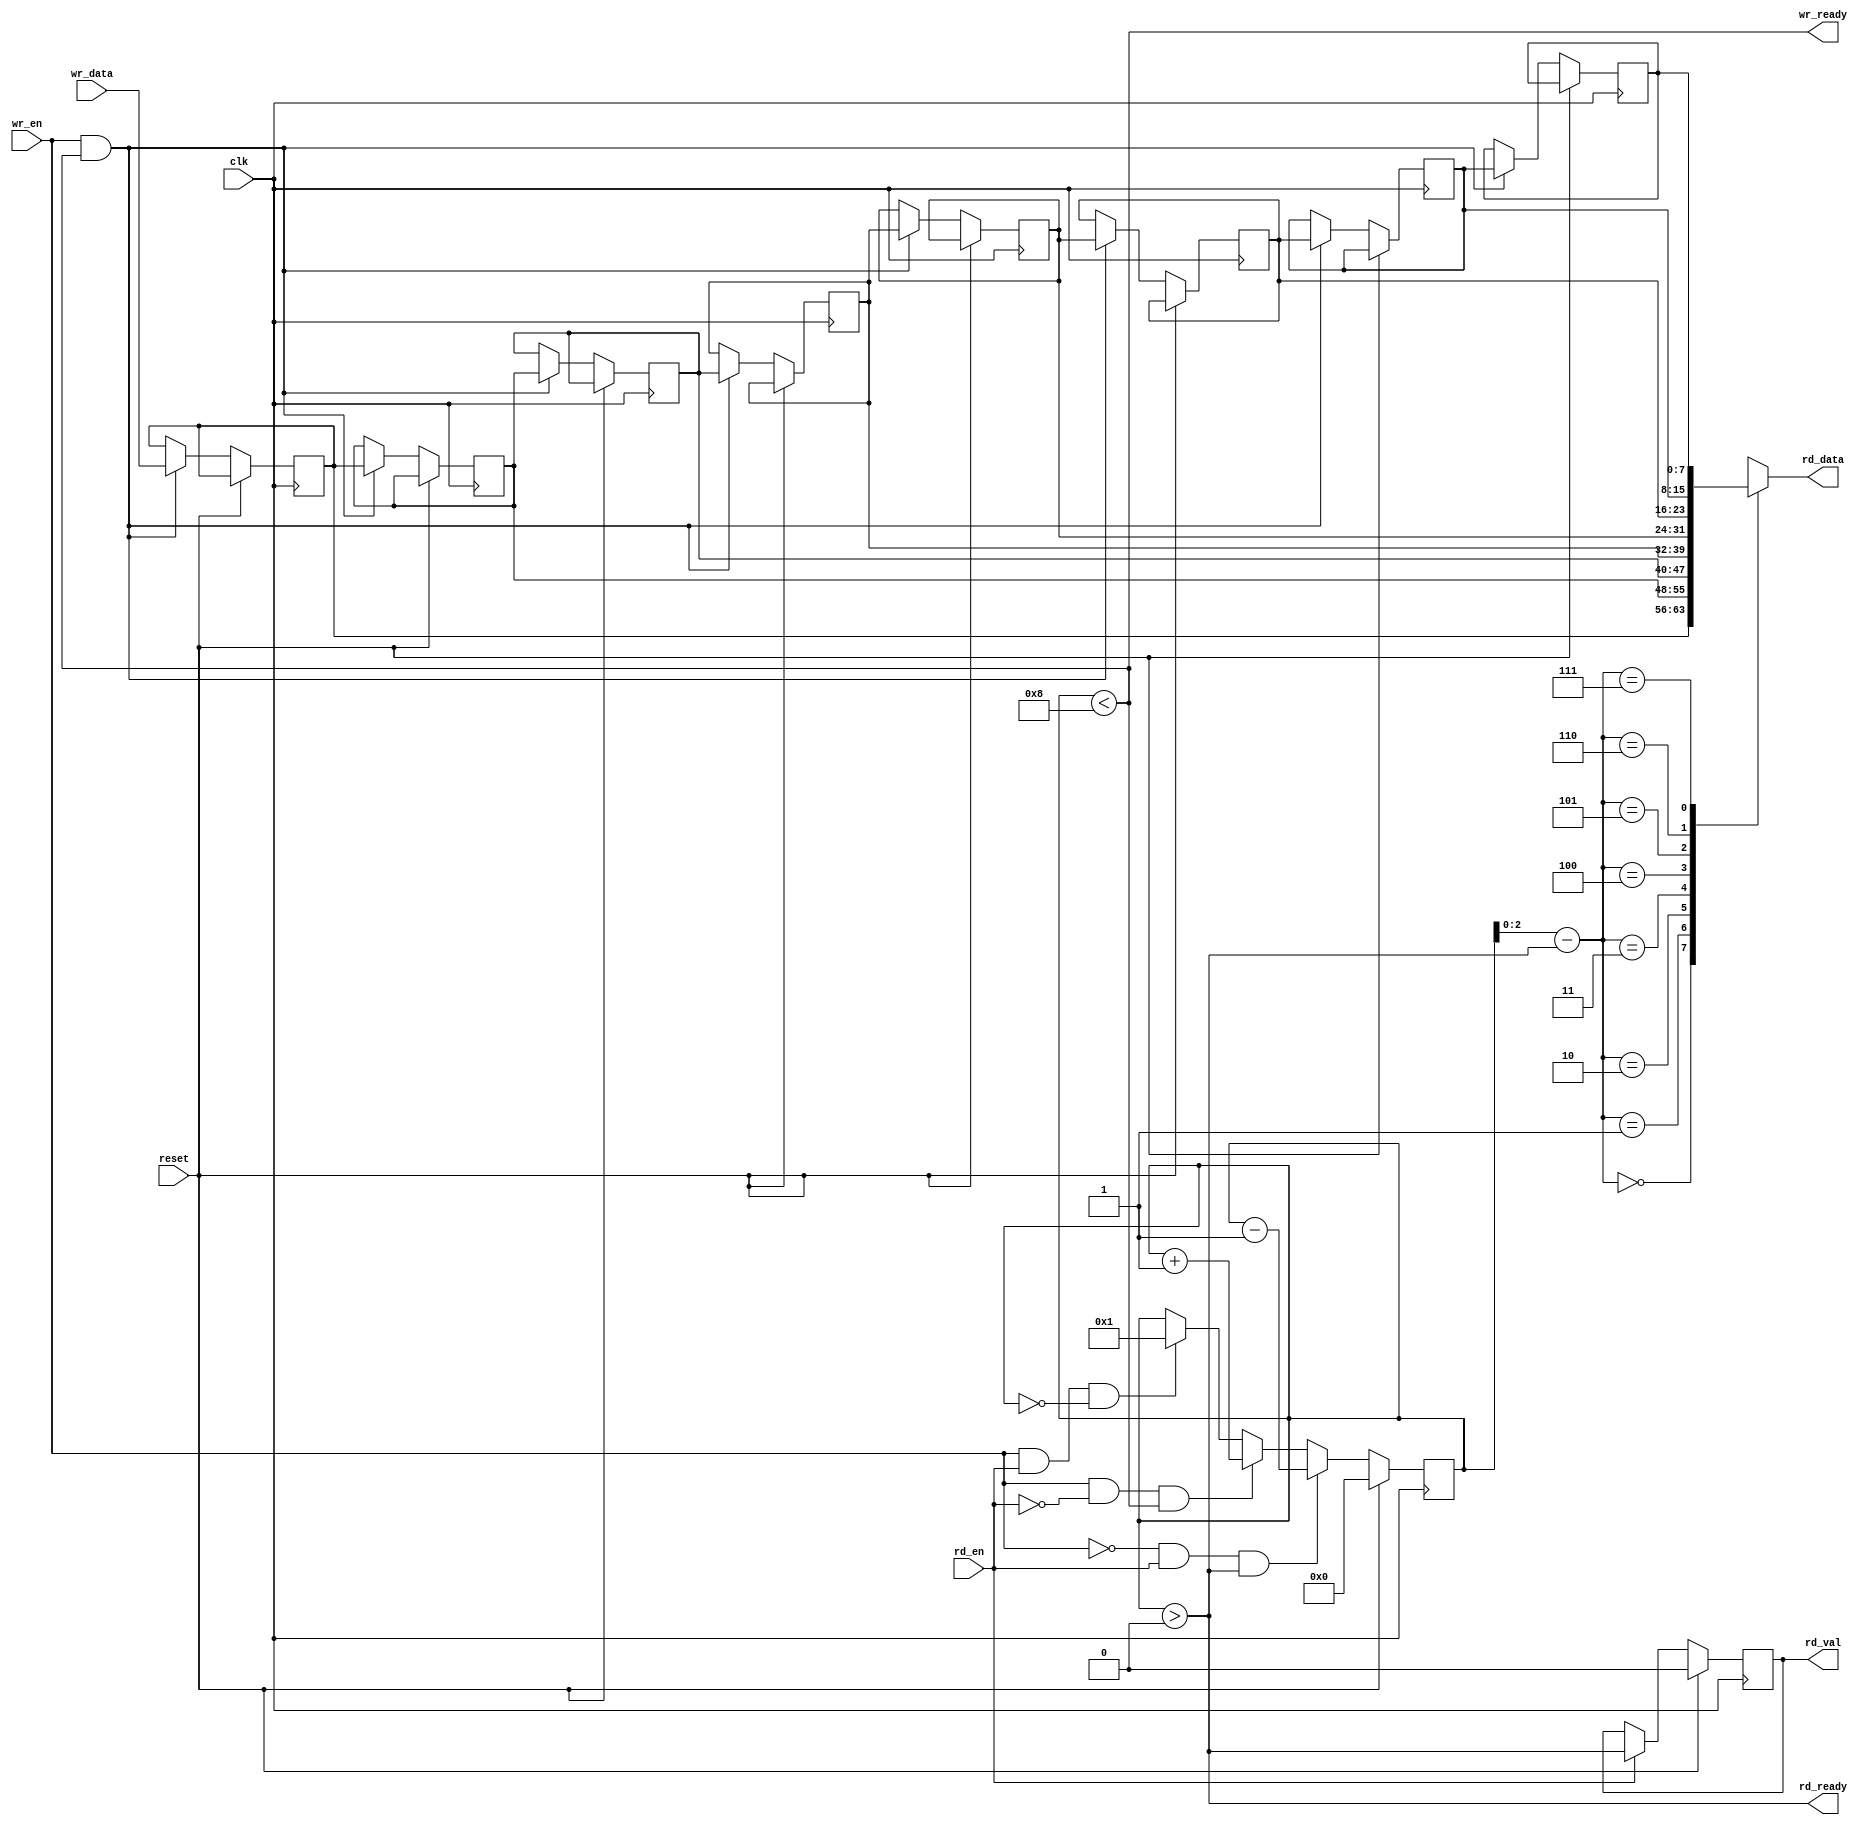
module fifo_shift #(
    parameter FIFO_DEPTH = 8,
    parameter DATA_WIDTH = 8
)(
    input wire clk,
    input wire reset,
    input wire rd_en,
    input wire wr_en,
    input wire [DATA_WIDTH - 1 : 0] wr_data,
    output wire [DATA_WIDTH - 1 : 0] rd_data,
    output wire wr_ready,
    output wire rd_ready,
    output reg rd_val
);
    localparam LEN_LENTH = $clog2(FIFO_DEPTH + 1); // 

    reg [DATA_WIDTH - 1 : 0] array [FIFO_DEPTH - 1 : 0];
    reg [LEN_LENTH - 1 : 0] len;

    assign wr_ready = len < FIFO_DEPTH;
    assign rd_ready = len > 0;

    assign rd_data = array[len - rd_ready];

    always @(posedge clk) begin
        if(reset)
            rd_val <= 0;
        else
            rd_val <= (rd_en) ? rd_ready : rd_val;
    end


    genvar i;
    generate for(i = 0; i < FIFO_DEPTH; i = i + 1) begin : loopArray
        if(i == 0) begin
            always @(posedge clk) begin
                if(reset)
                    array[i] <= array[i];
                else
                    array[i] <= (wr_en & wr_ready) ? wr_data : array[0];
            end
        end
        else begin
            always @(posedge clk) begin
                if(reset)
                    array[i] <= array[i];
                else
                    array[i] <= (wr_en & wr_ready) ? array[i - 1] : array[i];
            end
        end
    end
    endgenerate

    always  @(posedge clk) begin
        if(reset)
            len <= 0;
        else
            len <= (~wr_en & rd_en & len > 0) ? len - 1 :
                (wr_en & ~rd_en & wr_ready) ? len + 1 :
                (wr_en & rd_en & len == 0) ? 1 : len;
    end
endmodule